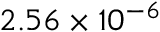
2 . 5 6 \times 1 0 ^ { - 6 }